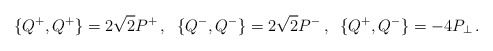
\begin{align*}\{Q^+,Q^+\}=2\sqrt{2}P^+\,, \;\;\{Q^-,Q^-\}=2\sqrt{2}P^-\,, \;\;\{Q^+,Q^-\}=-4P_\perp\,.\end{align*}